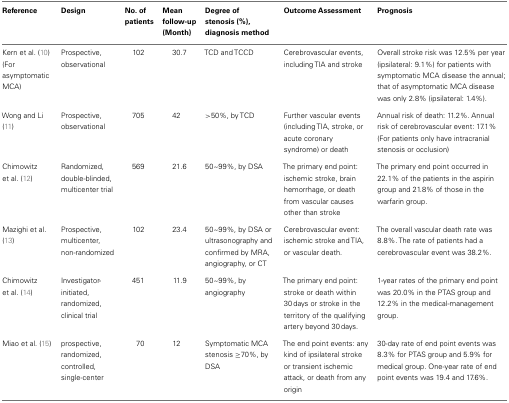
| Reference | Design | No. of patients | Mean follow-up (Month) | Degree of stenosis (%), diagnosis method | Outcome Assessment | Prognosis |
 | --- | --- | --- | --- | --- | --- | --- |
 | Kern et al. (10) (For asymptomatic MCA) | Prospective, observational | 102 | 30.7 | TCD and TCCD | Cerebrovascular events, including TIA and stroke | Overall stroke risk was 12.5% per year (ipsilateral: 9.1%) for patients with symptomatic MCA disease the annual; that of asymptomatic MCA disease was only 2.8% (ipsilateral: 1.4%). |
 | Wong and Li (11) | Prospective, observational | 705 | 42 | >50%, by TCD | Further vascular events (including TIA, stroke, or acute coronary syndrome) or death | Annual risk of death: 11.2%. Annual risk of cerebrovascular event: 17.1% (For patients only have intracranial stenosis or occlusion) |
 | Chimowitz et al. (12) | Randomized, double-blinded, multicenter trial | 569 | 21.6 | 50~99%, by DSA | The primary end point: ischemic stroke, brain hemorrhage, or death from vascular causes other than stroke | The primary end point occurred in 22.1% of the patients in the aspirin group and 21.8% of those in the warfarin group. |
 | Mazighi et al. (13) | Prospective, multicenter, non-randomized | 102 | 23.4 | 50~99%, by DSA or ultrasonography and confirmed by MRA, angiography, or CT | Cerebrovascular event: ischemic stroke and TIA, or vascular death. | The overall vascular death rate was 8.8%. The rate of patients had a cerebrovascular event was 38.2%. |
 | Chimowitz et al. (14) | Investigator-initiated, randomized, clinical trial | 451 | 11.9 | 50~99%, by angiography | The primary end point: stroke or death within 30 days or stroke in the territory of the qualifying artery beyond 30 days. | 1-year rates of the primary end point was 20.0% in the PTAS group and 12.2% in the medical-management group. |
 | Miao et al. (15) | prospective, randomized, controlled, single-center | 70 | 12 | Symptomatic MCA stenosis ≥70%, by DSA | The end point events: any kind of ipsilateral stroke or transient ischemic attack, or death from any origin | 30-day rate of end point events was 8.3% for PTAS group and 5.9% for medical group. One-year rate of end point events was 19.4 and 17.6%. |